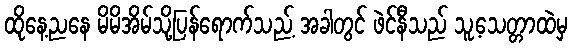
ထိုနေ့ညနေ မိမိအိမ်သို့ပြန်ရောက်သည့် အခါတွင် ဖဲင်နီသည် သူ့သေတ္တာထဲမှ